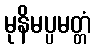
မုနိမပ္ပမတ္တံ